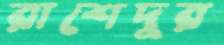
রাশেদুর